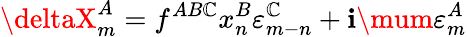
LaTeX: \deltaX_{m}^{A}=f^{AB\mathbb{C}}x_{n}^{B}\varepsilon_{m-n}^{\mathbb{C}}+\mathbf{i}\mum\varepsilon_{m}^{A}